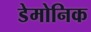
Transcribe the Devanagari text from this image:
डेमोनिक